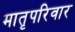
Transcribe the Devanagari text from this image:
मातृपरिवार